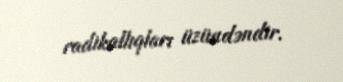
radikallıqları üzündəndir.